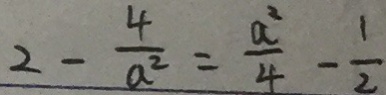
2 - \frac { 4 } { a ^ { 2 } } = \frac { a ^ { 2 } } { 4 } - \frac { 1 } { 2 }